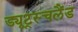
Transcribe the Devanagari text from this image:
ड्यूट्स्चलैंड